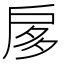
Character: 扅